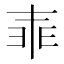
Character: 𠁰